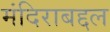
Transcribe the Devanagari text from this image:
मंदिराबद्दल